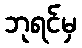
ဘုရင်မှ